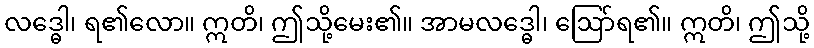
လဒ္ဓေါ၊ ရ၏လော။ ဣတိ၊ ဤသို့မေး၏။ အာမလဒ္ဓေါ၊ ဩော်ရ၏။ ဣတိ၊ ဤသို့